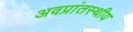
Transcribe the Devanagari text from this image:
अवप्रांतस्थीय